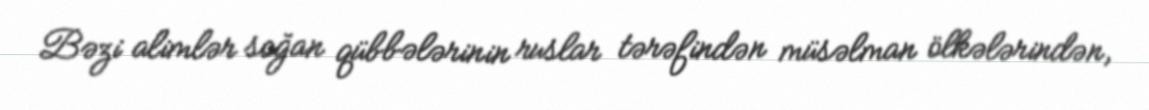
Bəzi alimlər soğan qübbələrinin ruslar tərəfindən müsəlman ölkələrindən,